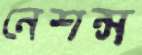
নেশন্স